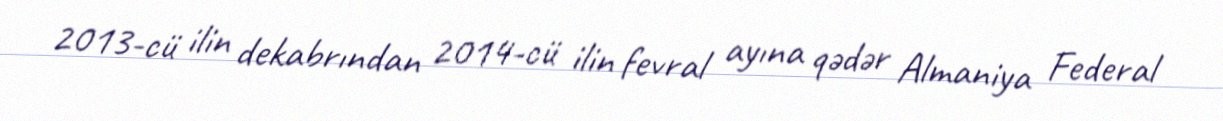
2013-cü ilin dekabrından 2014-cü ilin fevral ayına qədər Almaniya Federal